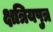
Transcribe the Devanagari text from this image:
क्षत्रियपुत्र